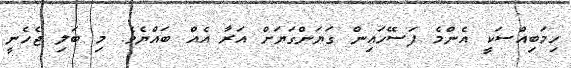
ހިމަބިއްސަކީ އެންމެ ފަސޭހައިން ގަޔަންގަޔަށް އަރާ އެއް ބައްޔެވެ. މި ބަލި ޖެހެނީ